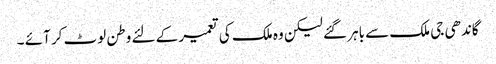
گاندھی جی ملک سے باہر گئے لیکن وہ ملک کی تعمیر کے لئے وطن لوٹ کر آئے ۔